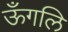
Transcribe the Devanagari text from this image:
ऊँगलि